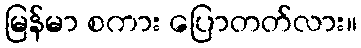
မြန်မာ စကား ပြောတတ်လား။